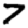
Digit: 7